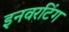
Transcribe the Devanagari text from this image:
इनवरटिंग